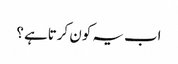
اب یہ کون کرتاہے ؟